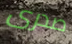
صدرى